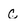
Character: c